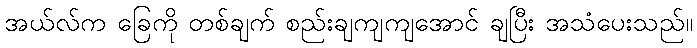
အယ်လ်က ခြေကို တစ်ချက် စည်းချကျကျအောင် ချပြီး အသံပေးသည်။